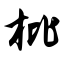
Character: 枇